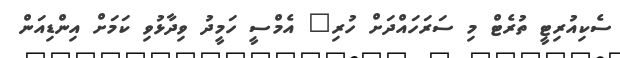
ސެކިއުރިޓީ ތުރެޓް މި ސަރަހައްދަށް ހުރި" އެމްސީ ހަމީދު ވިދާޅުވި ކަމަށް އިންޑިއަން